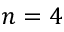
n = 4